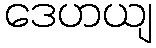
ဒေဟယျ